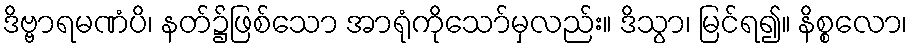
ဒိဗ္ဗာရမဏံပိ၊ နတ်၌ဖြစ်သော အာရုံကိုသော်မှလည်း။ ဒိသွာ၊ မြင်ရ၍။ နိစ္စလော၊